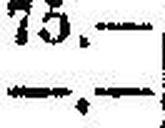
—.—